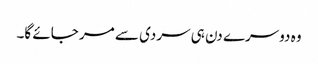
وہ دوسرے دن ہی سردی سے مر جائے گا۔